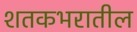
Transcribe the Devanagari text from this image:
शतकभरातील